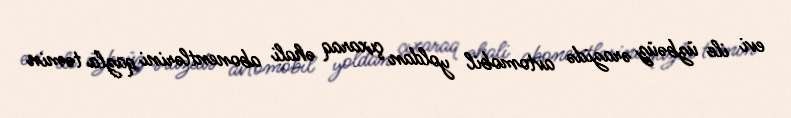
evi ile üzbəüz ərazidə avtomobil yoldan çıxaraq əhali abonentlərini qazla təmin